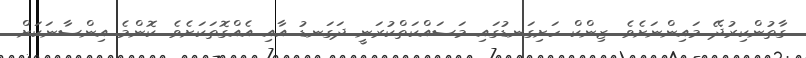
ގާތުންކިރުދޭ މައިންނަށެވެ. ޒިންކް ހަށިގަނޑުގައި މަސައްކަތްކުރަނީ ދަގަނޑު އާއި އެއްގޮތަކަށެވެ. ކޮންމެ އިންސާނަކަށް